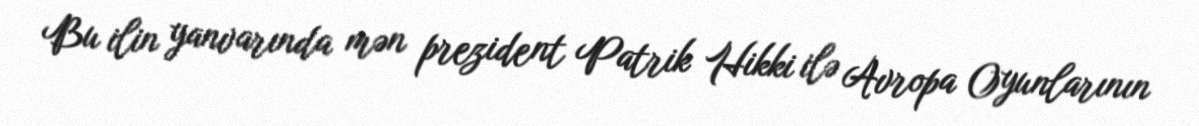
Bu ilin yanvarında mən prezident Patrik Hikki ilə Avropa Oyunlarının